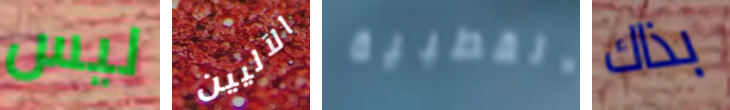
ليس الآليين القطبية بذاك